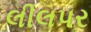
લીલપર